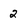
Character: 2